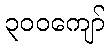
၃၀၀ကျော်